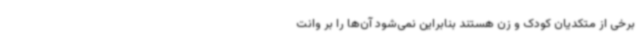
برخی از متکدیان کودک و زن هستند بنابراین نمی‌شود آن‌ها را بر وانت